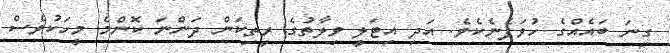
ގިނަ ބައެއްގެ ހުވަފެނެކެވެ. އަދި އިޓަލީ ވިލާތުގެ ރީތިކަން ދަންނަ ކޮންމެ މީހަކުވެސް